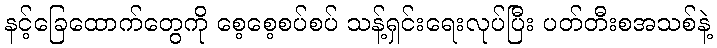
နင့်ခြေထောက်တွေကို စေ့စေ့စပ်စပ် သန့်ရှင်းရေးလုပ်ပြီး ပတ်တီးစအသစ်နဲ့